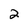
Character: 2